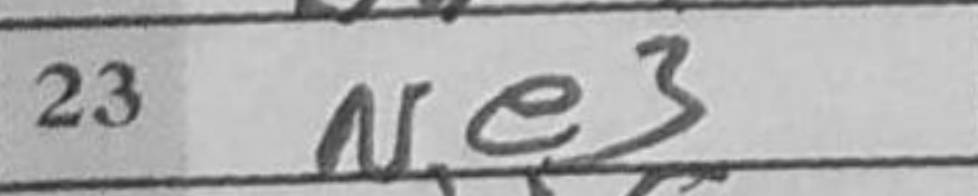
Transcription: Ne3